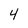
Character: 4